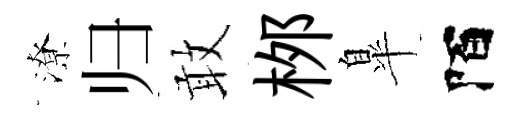
潦归敢桞臯陌